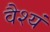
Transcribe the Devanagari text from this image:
वैश्यं